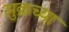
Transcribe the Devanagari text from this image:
सुक्रच्या